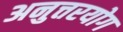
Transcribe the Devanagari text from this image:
अनुत्तरयोग